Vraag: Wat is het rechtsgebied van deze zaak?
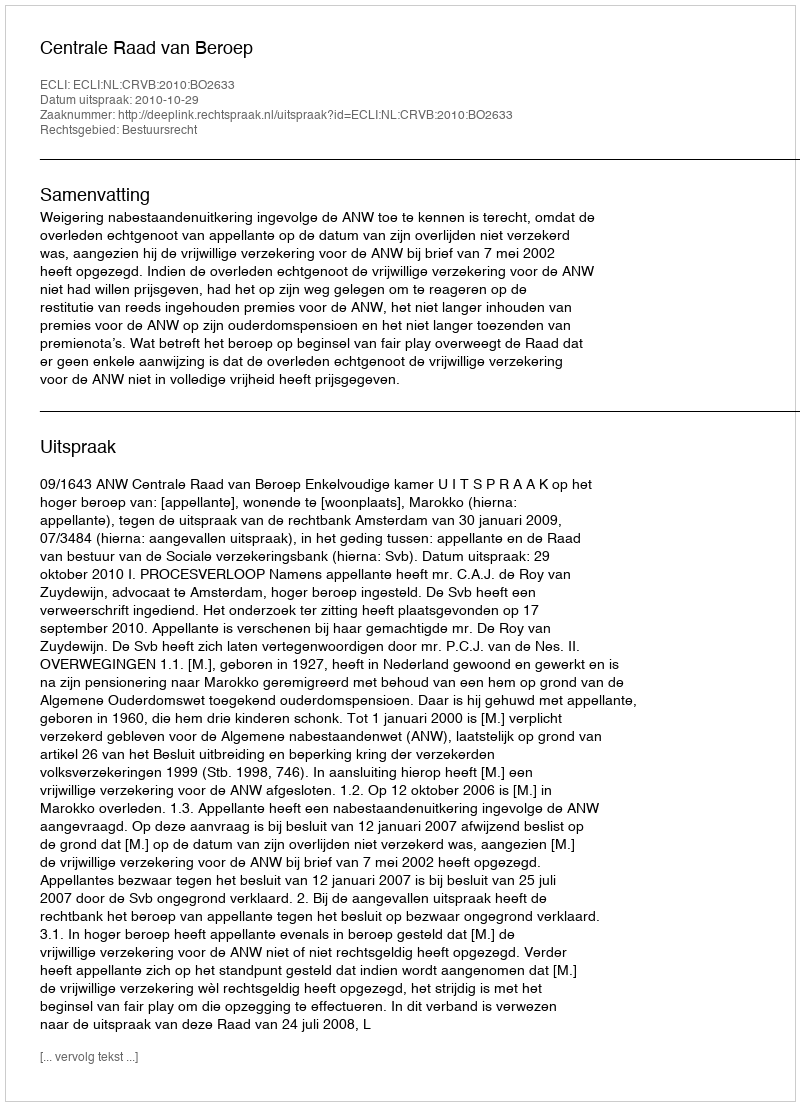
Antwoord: Bestuursrecht